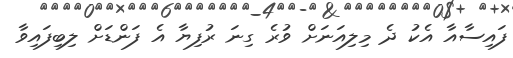
ފައިސާއާ އެކު ދެ މިލިއަނަށް ވުރެ ގިނަ ރުފިޔާ އެ ފަންޑަށް ލިބިފައިވާ